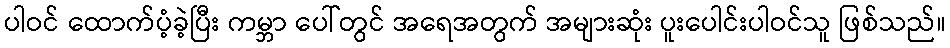
ပါဝင် ထောက်ပံ့ခဲ့ပြီး ကမ္ဘာ ပေါ်တွင် အရေအတွက် အများဆုံး ပူးပေါင်းပါဝင်သူ ဖြစ်သည်။